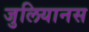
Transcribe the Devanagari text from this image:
जुलियानस